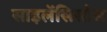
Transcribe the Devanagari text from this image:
साइलेंसिसोस